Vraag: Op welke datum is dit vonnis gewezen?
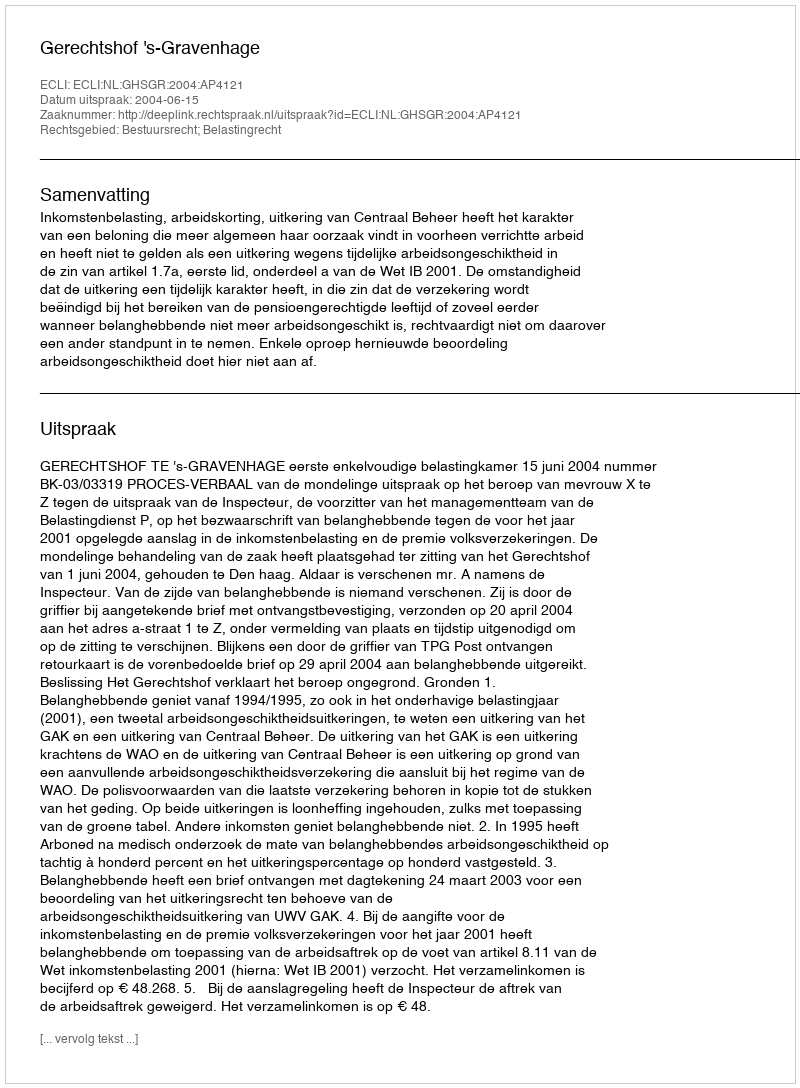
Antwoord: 2004-06-15